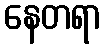
နေတရာ